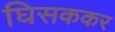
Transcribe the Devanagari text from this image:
घिसककर